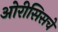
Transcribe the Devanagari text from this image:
ओरीसिसचे